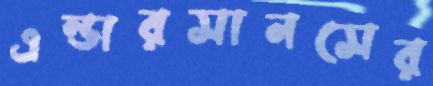
এন্ডারসানসের